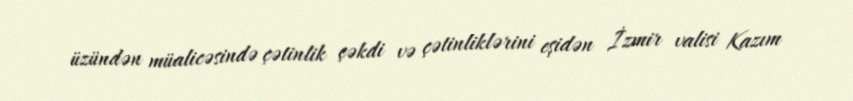
üzündən müalicəsində çətinlik çəkdi və çətinliklərini eşidən İzmir valisi Kazım